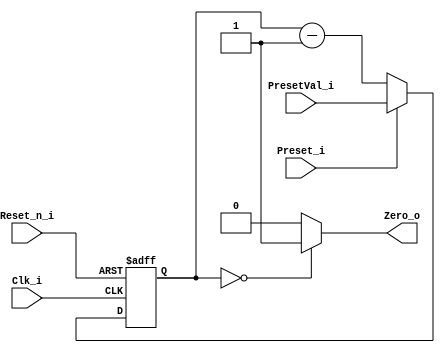
module Counter32_RV2_Timer (
  input Reset_n_i,
  input Clk_i,
  input Preset_i,
  input[31:0] PresetVal_i,
  output Zero_o
);
  reg [31:0] Value;
  always @(negedge Reset_n_i or posedge Clk_i)
  begin
    if (!Reset_n_i)
    begin
      Value <= 'd0;
    end
    else
    begin
      if (Preset_i) begin
        Value <= PresetVal_i;
      end else
      begin
        Value <= Value - 1'b1;
      end
    end
  end
  assign Zero_o = (Value == 0 ? 1'b1 : 1'b0);
endmodule